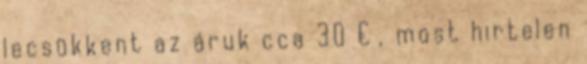
lecsükkent az áruk cca 30 € , most hirtelen